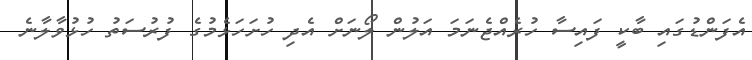
އެފަންޑުގައި ބާކީ ފައިސާ ހުރެއްޖެނަމަ އަލުން ލޯނަށް އެދި ހުށަހަޅެމުގެ ފުރުސަތު ހުޅުވާލާނެ